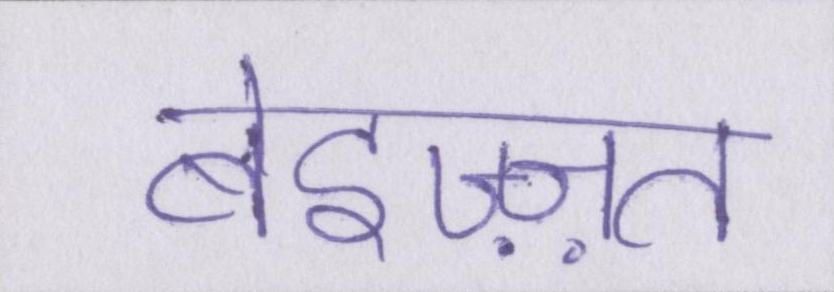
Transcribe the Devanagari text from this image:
बेइज़्ज़त